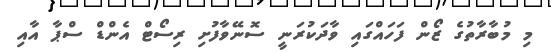
މި މުބާރާތުގެ ޒޯން ފަހައްގައި ވާދަކުރަނީ ސޮނޭވާފުށި ރިސޯޓް އެންޑް ސްޕާ އާއި